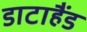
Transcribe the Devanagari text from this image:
डाटाहैंड